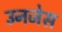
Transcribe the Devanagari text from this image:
उनजेस